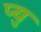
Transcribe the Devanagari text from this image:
प्यु